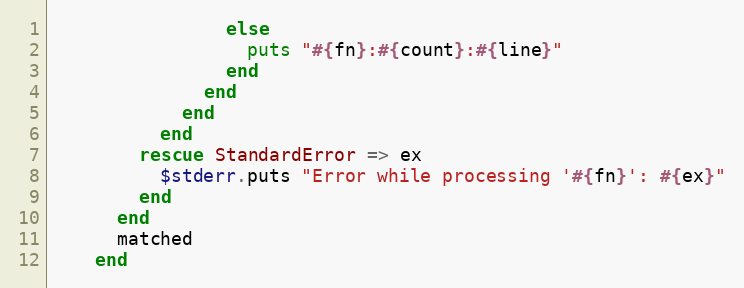
Language: Ruby
                else
                  puts "#{fn}:#{count}:#{line}"
                end
              end
            end
          end
        rescue StandardError => ex
          $stderr.puts "Error while processing '#{fn}': #{ex}"
        end
      end
      matched
    end